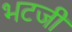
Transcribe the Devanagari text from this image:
भटजी